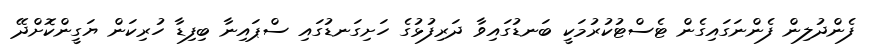
ފެންދުލިން ފެންނަގައިގެން ޓެސްޓުކުރުމަކީ ބަނޑުގައިވާ ދަރިފުޅުގެ ހަށިގަނޑުގައި ސްޕައިނާ ބިފިޑާ ހުރިކަން ޔަގީންކޮށްދޭ